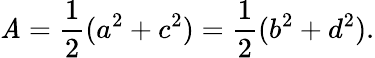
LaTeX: \mathit{A}={\frac{{1}}{{2}}}(a^{2}+c^{2})={\frac{{1}}{{2}}}(b^{2}+d^{2}).